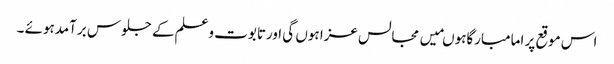
اس موقع پر امامبارگاہوںمیں مجالس عزا ہوں گی اورتابوت وعلم کے جلوس برآمدہوئے ۔